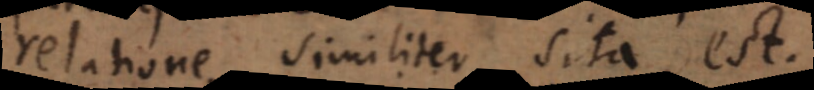
relatione similiter sita est.